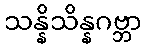
သန္နိသိန္နဂဗ္ဘာ